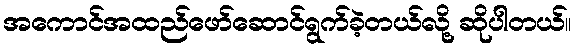
အကောင်အထည်ဖော်ဆောင်ရွက်ခဲ့တယ်လို့ ဆိုပါတယ်။